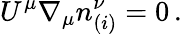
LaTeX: U^{\mu}{\nabla}_{\mu}n_{(i)}^{\nu}=0\, .